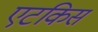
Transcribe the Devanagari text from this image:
एटकिस